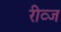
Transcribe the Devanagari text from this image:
रीव्ज